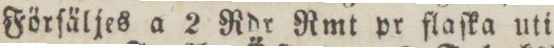
Förſäljes a 2 Rdr Rmt pr flaſka uti